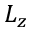
L _ { z }